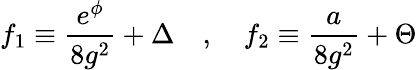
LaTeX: f_{1}\equiv{\frac{e^{\phi}}{8g^{2}}}+\Delta\quad,\quad f_{2}\equiv{\frac{a}{8g^{2}}}+\Theta